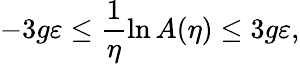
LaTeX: -3g\varepsilon\le\frac{1}{\eta}\ln A(\eta)\le 3g\varepsilon,